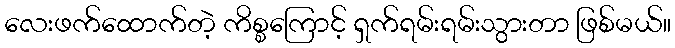
လေးဖက်ထောက်တဲ့ ကိစ္စကြောင့် ရှက်ရမ်းရမ်းသွားတာ ဖြစ်မယ်။